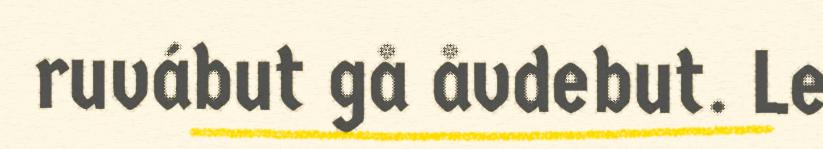
ruvábut gå åvdebut. Le